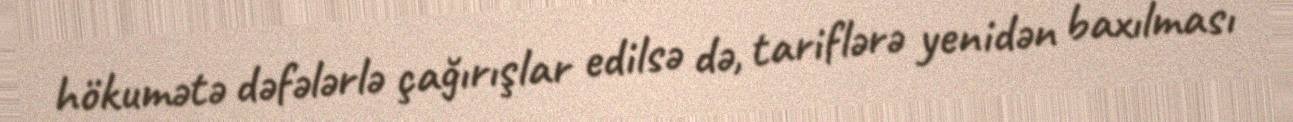
hökumətə dəfələrlə çağırışlar edilsə də, tariflərə yenidən baxılması